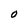
Character: o